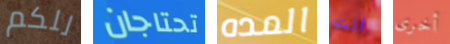
للكم تحتاجان المده انت أخرى